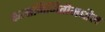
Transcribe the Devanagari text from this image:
कलानिर्मितीमधील